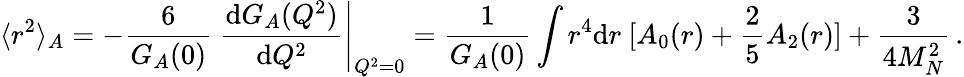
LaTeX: \langle r^{2}\rangle_{A}=-\frac{6}{G_{A}(0)}\ \frac{\mathrm{d}G_{A}(Q^{2})}{\mathrm{d}Q^{2}}\Bigg\vert_{Q^{2}=0}=\frac{1}{G_{A}(0)}\int r^{4}\mathrm{d}r\ [A_{0}(r)+\frac{2}{5}A_{2}(r)]+\frac{3}{4M_{N}^{2}}\, .